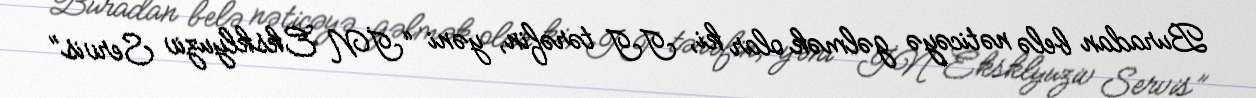
Buradan belə nəticəyə gəlmək olar ki, II tərəfin, yəni “İN Eksklyuziv Servis”